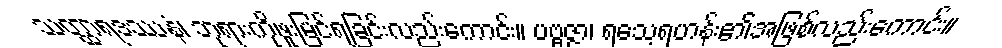
သတ္ထာရဒဿနံ၊ ဘုရားကိုဖူးမြင်ရခြင်းလည်းကောင်း။ ပဗ္ဗဇ္ဇာ၊ ရသေ့ရဟန်း၏အဖြစ်လည်းကောင်း။